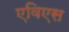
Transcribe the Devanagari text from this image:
एविएस